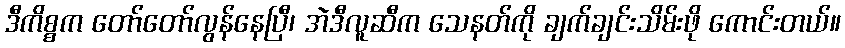
ဒီကိစ္စက တော်တော်လွန်နေပြီ၊ အဲဒီလူဆီက သေနတ်ကို ချက်ချင်းသိမ်းဖို ကောင်းတယ်။